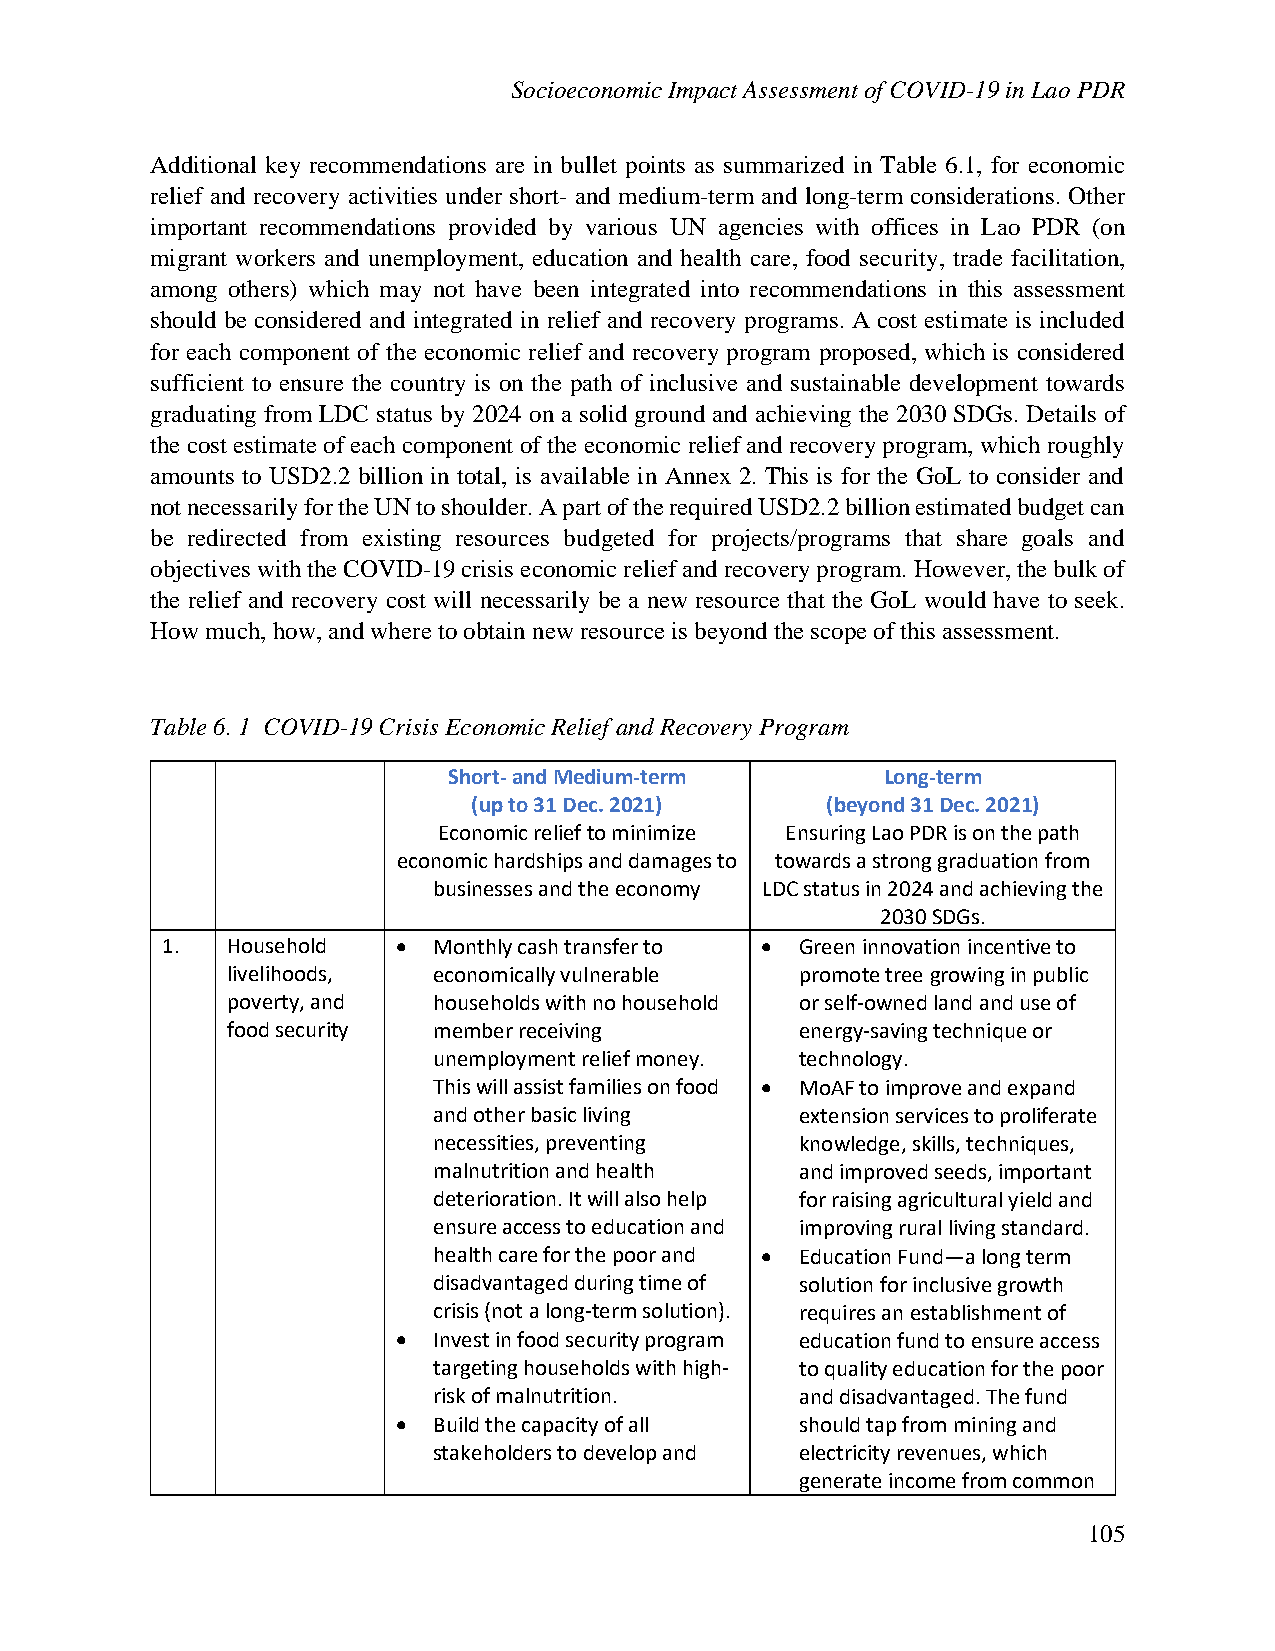
Socioeconomic Impact Assessment of COVID-19 in Lao PDR
 Additional key recommendations are in bullet points as summarized in Table 6.1, for economic
 relief and recovery activities under short- and medium-term and long-term considerations. Other
 important recommendations provided by various UN agencies with offices in Lao PDR (on
 migrant workers and unemployment, education and health care, food security, trade facilitation,
 among others) which may not have been integrated into recommendations in this assessment
 should be considered and integrated in relief and recovery programs. A cost estimate is included
 for each component of the economic relief and recovery program proposed, which is considered
 sufficient to ensure the country is on the path of inclusive and sustainable development towards
 graduating from LDC status by 2024 on a solid ground and achieving the 2030 SDGs. Details of
 the cost estimate of each component of the economic relief and recovery program, which roughly
 amounts to USD2.2 billion in total, is available in Annex 2. This is for the GoL to consider and
 not necessarily for the UN to shoulder. A part of the required USD2.2 billion estimated budget can
 be redirected from existing resources budgeted for projects/programs that share goals and
 objectives with the COVID-19 crisis economic relief and recovery program. However, the bulk of
 the relief and recovery cost will necessarily be a new resource that the GoL would have to seek.
 How much, how, and where to obtain new resource is beyond the scope of this assessment.
 Table 6. 1 COVID-19 Crisis Economic Relief and Recovery Program
 Short- and Medium-term       Long-term
 (up to 31 Dec. 2021)    (beyond 31 Dec. 2021)
 Economic relief to minimize Ensuring Lao PDR is on the path
 economic hardships and damages to towards a strong graduation from
 businesses and the economy LDC status in 2024 and achieving the
 2030 SDGs.
 1.  Household  •  Monthly cash transfer to • Green innovation incentive to
 livelihoods,  economically vulnerable promote tree growing in public
 poverty, and  households with no household or self-owned land and use of
 food security member receiving        energy-saving technique or
 unemployment relief money. technology.
 This will assist families on food • MoAF to improve and expand
 and other basic living  extension services to proliferate
 necessities, preventing knowledge, skills, techniques,
 malnutrition and health and improved seeds, important
 deterioration. It will also help for raising agricultural yield and
 ensure access to education and improving rural living standard.
 health care for the poor and • Education Fund—a long term
 disadvantaged during time of solution for inclusive growth
 crisis (not a long-term solution). requires an establishment of
 •  Invest in food security program education fund to ensure access
 targeting households with high- to quality education for the poor
 risk of malnutrition.   and disadvantaged. The fund
 •  Build the capacity of all should tap from mining and
 stakeholders to develop and electricity revenues, which
 generate income from common
 105